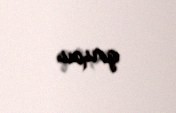
qrupu.